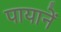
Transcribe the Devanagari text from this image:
पायानें